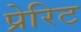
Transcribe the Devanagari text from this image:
प्रेरिट